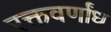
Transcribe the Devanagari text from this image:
रक्तवर्णांध